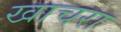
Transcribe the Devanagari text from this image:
खाचरा